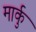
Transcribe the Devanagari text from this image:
मार्कु